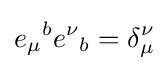
{e_{\mu }}^{b}{e^{\nu }}_{b}=\delta _{\mu }^{\nu }